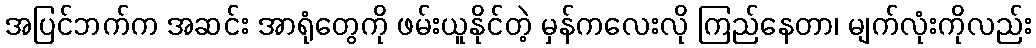
အပြင်ဘက်က အဆင်း အာရုံတွေကို ဖမ်းယူနိုင်တဲ့ မှန်ကလေးလို ကြည်နေတာ၊ မျက်လုံးကိုလည်း